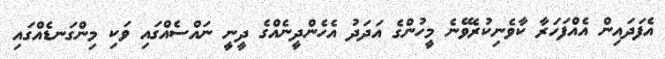
އެފަދައިން އެއްފަހަރާ ކާވެނިކުރެވޭނެ މީހުންގެ އަދަދު އެހެންދީނެއްގެ ދީނީ ނައްސެއްގައި ވަކި މިންގަނޑެއްގައި